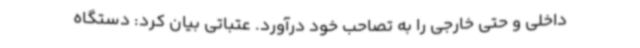
داخلی و حتی خارجی را به تصاحب خود درآورد. عتباتی بیان کرد: دستگاه